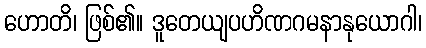
ဟောတိ၊ ဖြစ်၏။ ဒူတေယျပဟိဏဂမနာနုယောဂါ၊